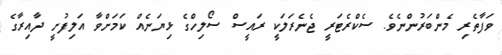
ވަފާތެރި މެންބަރުންނެވެ. ސެކްރެޓަރީ ޖެނެރަލަކީ ރައީސް ސޯލިހްގެ ޅިޔަނެއް ކަމަށްވާ އަލިފުށީ ދާއިރާގެ